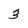
Character: 3